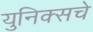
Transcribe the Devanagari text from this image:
युनिक्सचे